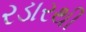
રડારથી